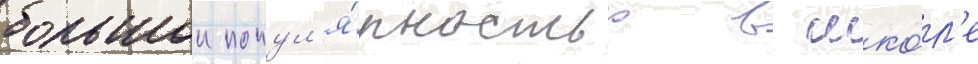
большои попул'я́рностью в шко́л'е